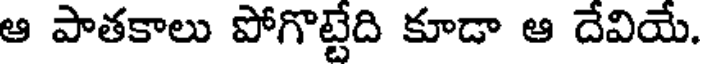
ఆ పాతకాలు పోగొట్టేది కూడా ఆ దేవియే.